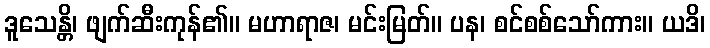
ဒူသေန္တိ၊ ဖျက်ဆီးကုန်၏။ မဟာရာဇ၊ မင်းမြတ်။ ပန၊ စင်စစ်သော်ကား။ ယဒိ၊